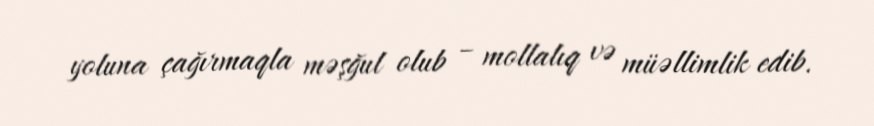
yoluna çağırmaqla məşğul olub – mollalıq və müəllimlik edib.